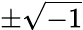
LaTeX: \pm\sqrt{-1}